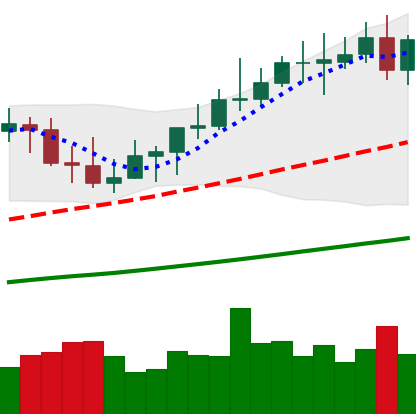
Ticker: XMR-USD
Chart end date: 2021-04-08
Forward return: 21.193%
Label: up_7plus